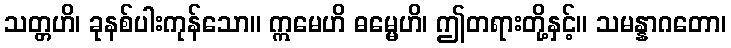
သတ္တဟိ၊ ခုနစ်ပါးကုန်သော။ ဣမေဟိ ဓမ္မေဟိ၊ ဤတရားတို့နှင့်။ သမန္နာဂတော၊